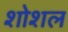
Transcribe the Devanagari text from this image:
शोशल